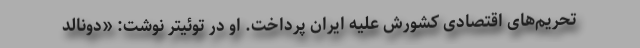
تحریم‌های اقتصادی کشورش علیه ایران پرداخت. او در توئیتر نوشت: «دونالد